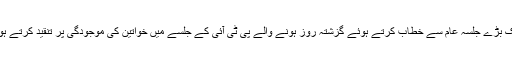
واضح رہے کہ وزیر اعظم میاں نواز شریف نے اوکاڑہ میں ایک بڑے جلسہ عام سے خطاب کرتے ہوئے گزشتہ روز ہونے والے پی ٹی آئی کے جلسے میں خواتین کی موجودگی پر تنقید کرتے ہوئے کہا تھا کہ کل کے جلسے میں بہنیں وہاں کیا کررہی تھیں؟